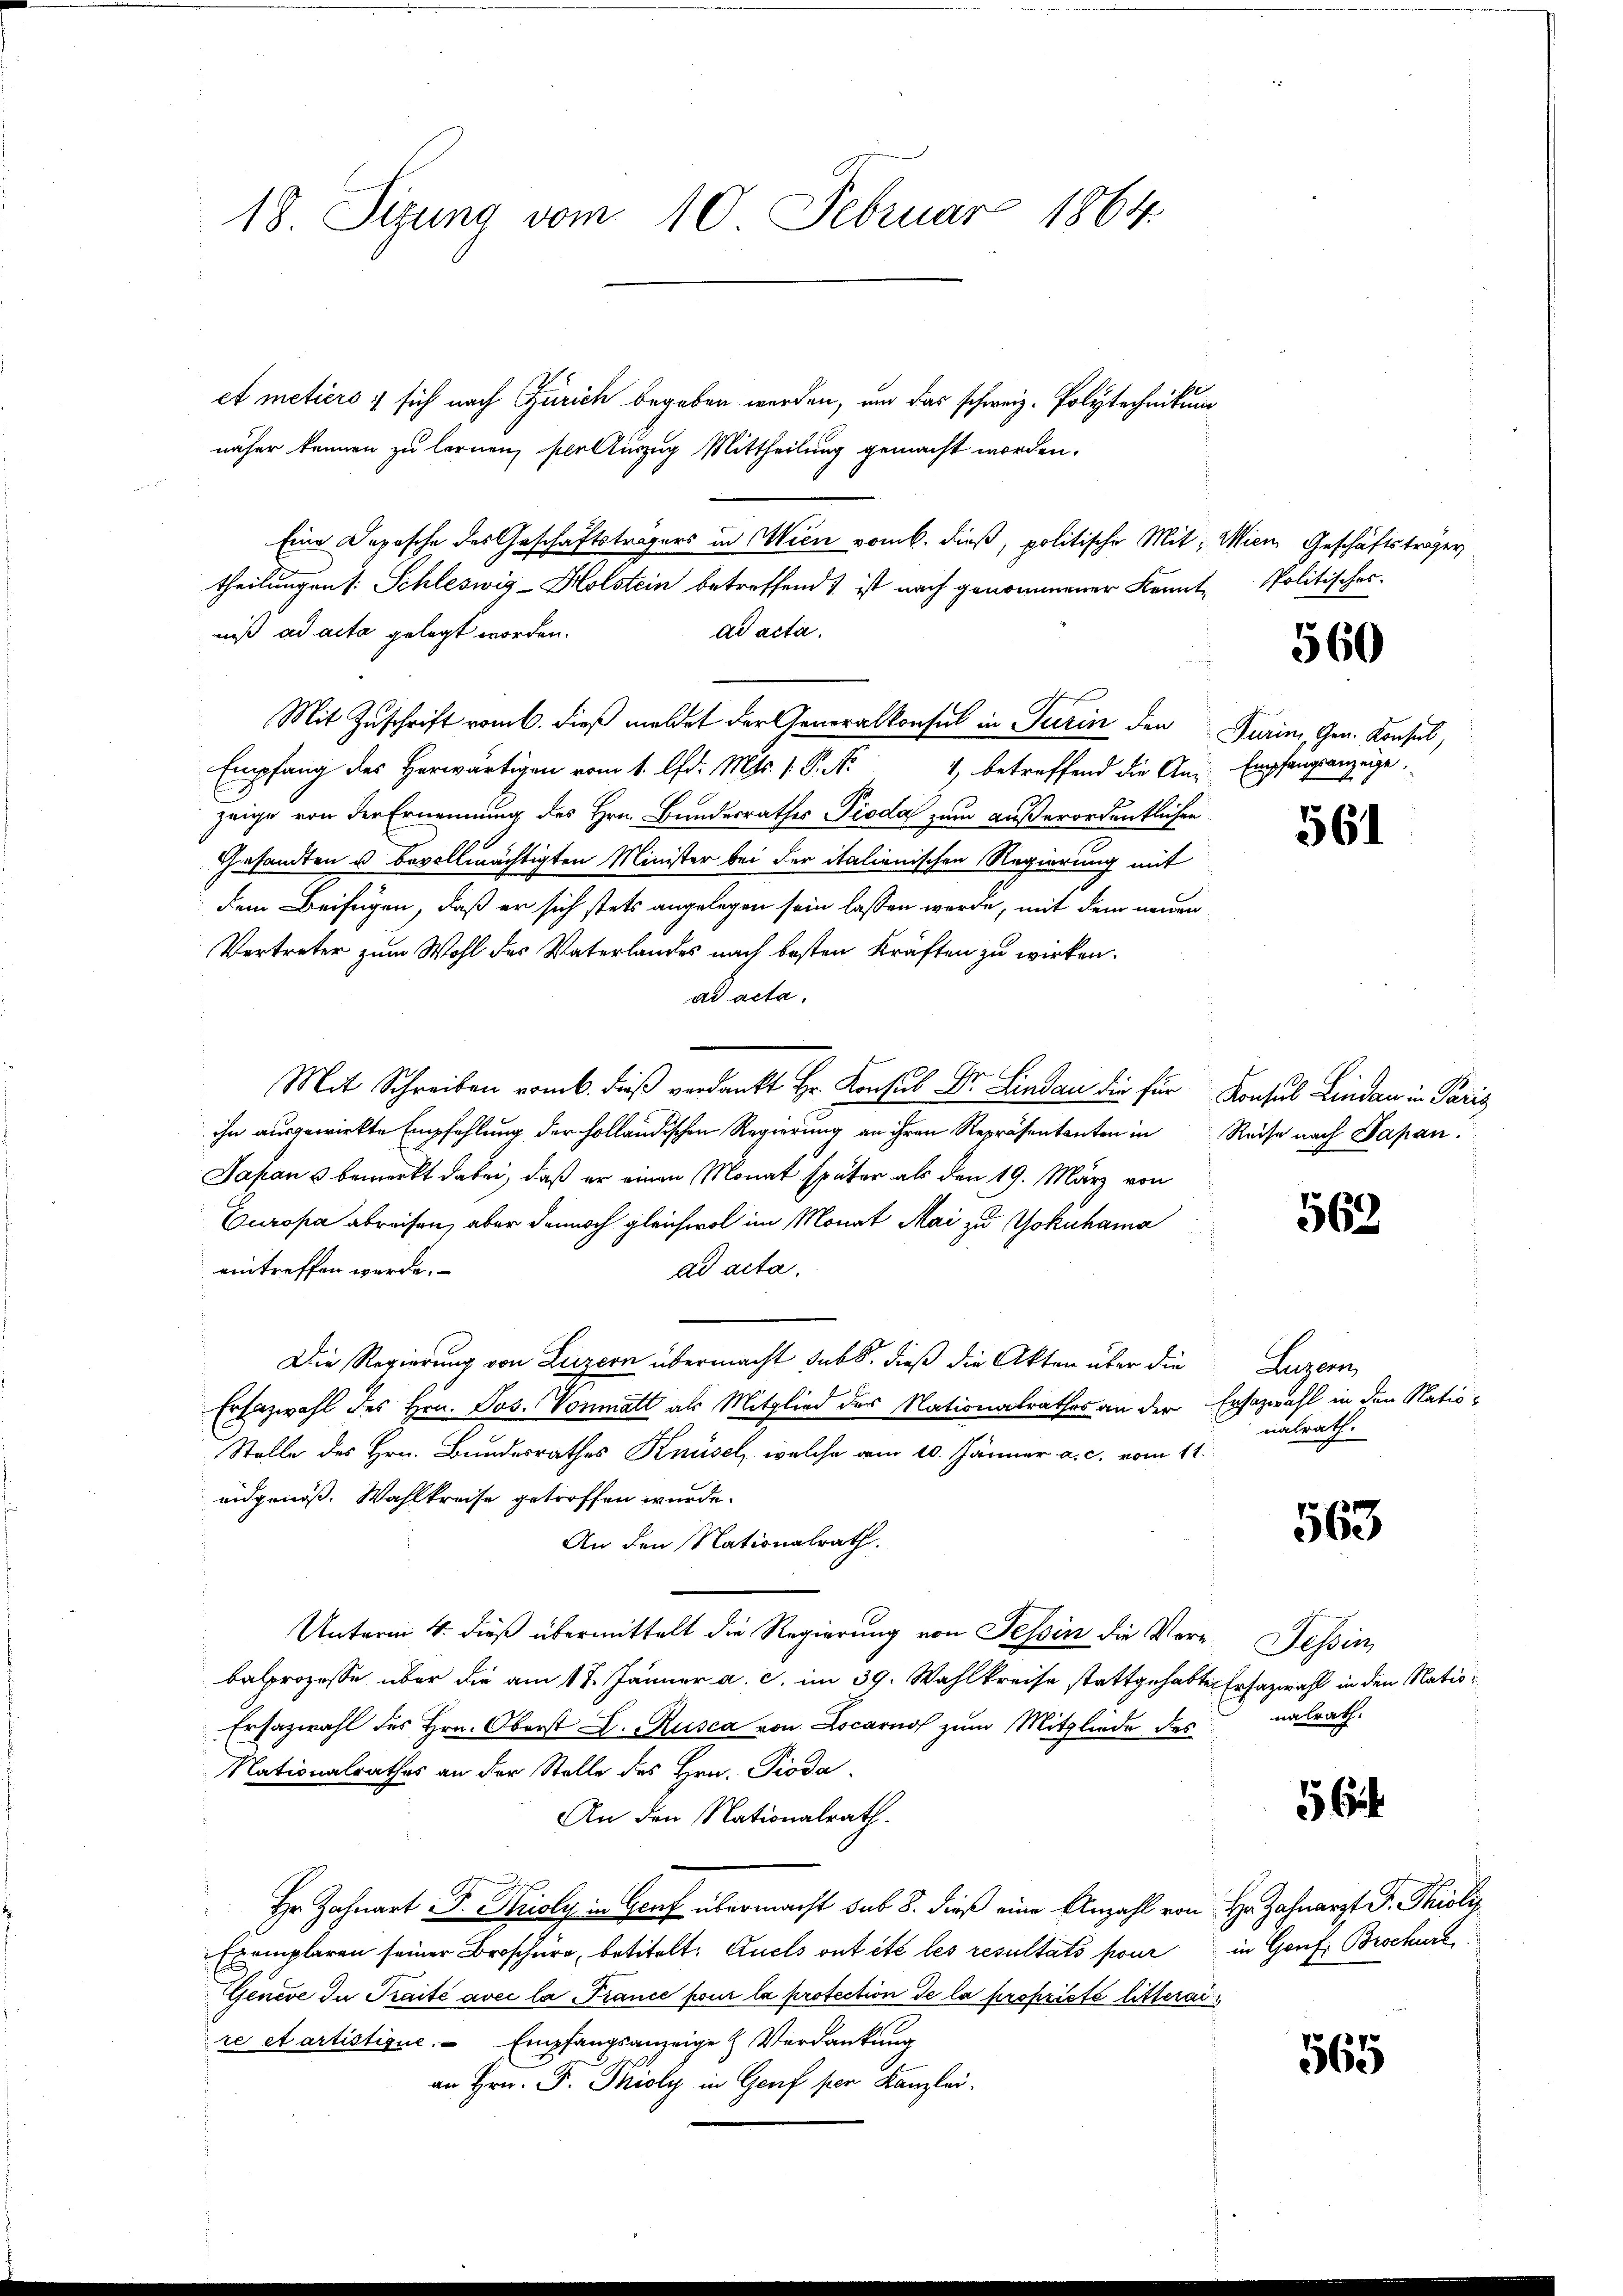
18. Sizung vom 10. Februar 1864.

et metiers, sich nach Zürich begeben werden, und das schweiz. Polytechnikum
näher können zu lernen, stellinzug Mittheilung gemacht worden.
Eine Deposche des Geschäftsträgers in Wien vom 6. dieß, politische Mit: Wien Geschäftsträger
theilungen s. Schleswig-Holstein betreffend ist nach genommener Kennt-Politischer
niß ad acta gelegt worden.
ad acta.
Mit Zuschrift vom 6. dieß meldet der Generalkonsul in Turin den Turin, Gen. Konsul,
Empfang des Herwärtigen vom 1. d. Mts. 1. P. Nr. 4 betreffend die An- Empfangsanzeige
zeige von der Ernennung des Hrn. Bundesrathes Pioda zum außerordentlichen
Gesandten u bevollmächtigten Minister bei der italienischen Regierung mit
dem Beifügen, daß er sich stets angelegen sein lassen werde, mit dem neuen
Vertreter zum Wohl des Vaterlandes nach besten Kräften zu wirken.
ad acta,
Mit Schreiben vom 6. dieβ verdankt Hr. Konsul Dr. Linda die für Konsul Lindau in Paris
ihn ausgewirkte Empfehlung der holländischen Regierung an ihren Repräsentanten in Reise nach Papan.
Japan & bemerkt dabei, daß er einen Monat später als den 19. März von
Europa abreisen, aber dennoch gleichwol im Monat Mai zu Yokohama
eintreffen werde.
ad acta.
Die Regierung von Luzern übermacht sub 6. dieß die Akten über die
Erfazwahl des Hrn. Jos. Vonmatt als Mitglied des Nationalrathes an der Ersazwahl in den Natio¬
Stelle des Hrn. Bundesrathes Knüsel, welche am 10. Jänner a. c. vom 11.
eidgenöß. Wahlkreise getroffen wurde.
An den Nationalrath.
Unterm 4. dieß übermittelt die Regierung von Tessin die Verebalprozesse über die am 17. Jänner a. c. im 39. Wahlkreise stattgehabte Erfazwahl in den Natio¬
Ersazwahl des Hrn. Oberst L. Rusca von Locarno zum Mitgliede des
Nationalrathes an der Stelle des Hrn. Pioda,
An den Nationalrath.
Hr Zahnart F. Krisly in Genf übermacht sub 8. dieß eine Anzahl von Hr. Zahnarzt F. Phili
Exemplaren seiner Broschüre, betitelt: Zuels ont été les resultats pour in Gonf. Brockurs
Genève In Traité avec la France pour la protection de la propriété litteraire et artistirne Empfangsanzeige H. Verdankung
an Hrn. F. Phioly in Genf per Kanzlei.

560

561

569

Lugan
nalrath.

563

Tessin,
nalrath.

5

565